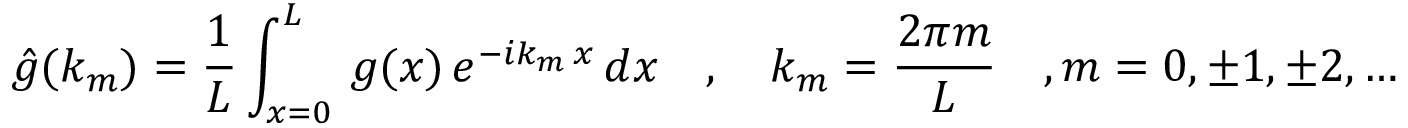
\hat { g } ( k _ { m } ) = \frac { 1 } { L } \int _ { x = 0 } ^ { L } \, g ( x ) \, e ^ { - i k _ { m } \, x } \, d x \quad , \quad k _ { m } = \frac { 2 \pi m } { L } \quad , m = 0 , \pm 1 , \pm 2 , \ldots